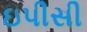
ઇપીસી